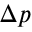
\Delta p